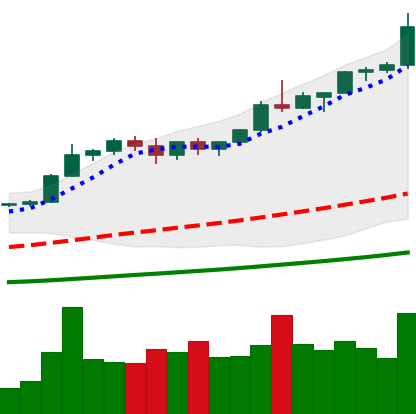
Ticker: BTC-USD
Chart end date: 2021-01-02
Forward return: 22.547%
Label: up_7plus